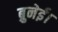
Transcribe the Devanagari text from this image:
ब्रुनेई।